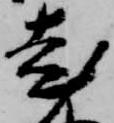
老